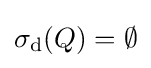
\sigma _{\mathrm {d} }(Q)=\emptyset